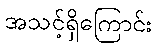
အသင့်ရှိကြောင်း